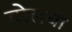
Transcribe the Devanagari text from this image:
बोलबा